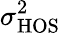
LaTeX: \sigma_{\mathrm{HOS}}^{2}